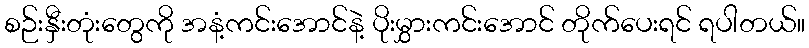
စဉ်းနှီးတုံးတွေကို အနံ့ကင်းအောင်နဲ့ ပိုးမွှားကင်းအောင် တိုက်ပေးရင် ရပါတယ်။